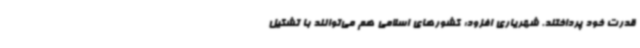
قدرت خود پرداختند. شهریاری افزود: کشورهای اسلامی هم می‌توانند با تشکیل